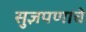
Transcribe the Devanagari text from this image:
सुज्ञपणाचे